Civil Veterinary Department Bihar reports 1940-50 - 1940-1950
Year: 1940
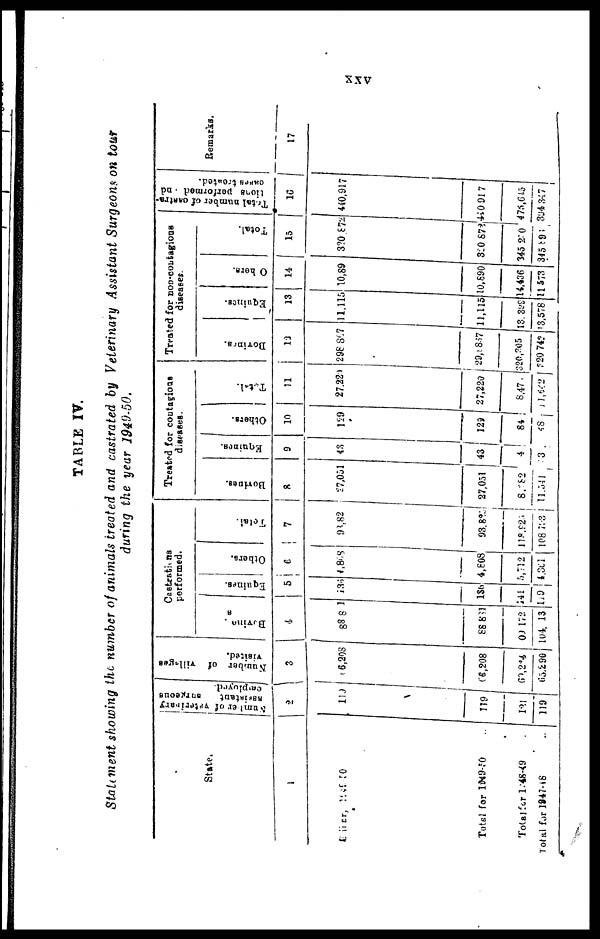
XXV
TABLE IV.
Statement showing the number of animals treated and castrated by Veterinary Assistant Surgeons on tour
during the year 1949-50.
State.
1
Bhiar, 1949 50
Total for 1949-50 ...
Total for 1948-49 ...
Total for
1947-48
..
Number of vaterinary
assistant
surgeous
2
110
119
121
119
Number
of
villages
visited.
3
6,203
66,208
60,284
65,290
Castrations
performed.
Bovines
4
88 8 1
88 831
00 172
104, 13
Equines.
5
135
136
41
119
Others.
6
4,868
4,808
5,712
4,361
Total.
7
93,82
93,823
118,925
108 763
Treated for contagious
diseases.
Bovines.
8
27,051
27,051
8,782
11,341
Equines.
9
43
43
4
3
Others.
10
129
129
84
48
Total.
11
27,229
27,220
8,47
1,622
Treated for non-contagious
diseases.
Bovines.
12
298 897
29,8887
320,205
320 742
Equines.
13
11,115
11,115
13, 329
3,578 I
Others.
14
10,89
0,890
4,436
L 573
Total.
15
320,872
320 872
345 270
345 891
Total
number of castra-
tiona performed and
cases treated.
16
440,917
440 917
475,645
394 347
Remarks.
17